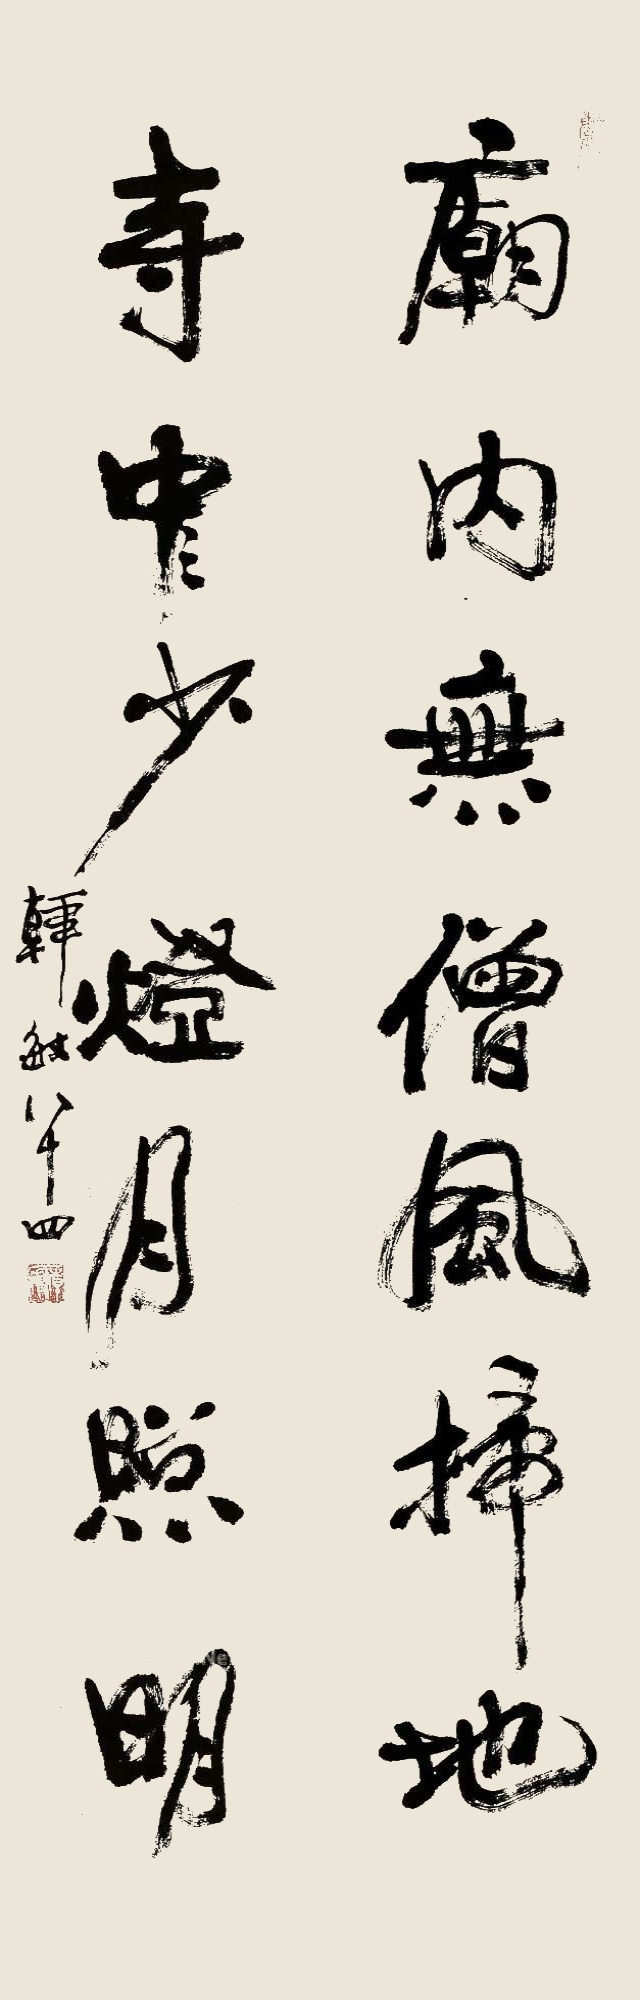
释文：庙内无僧风扫地，寺中少灯月照明。韩敏八十四。